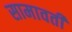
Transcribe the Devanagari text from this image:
सामावती